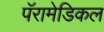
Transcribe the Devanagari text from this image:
पॅरामेडिकल